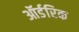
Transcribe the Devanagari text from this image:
ऑर्डरिक